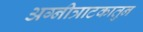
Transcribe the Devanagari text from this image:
अग्नीत्राटकातुन